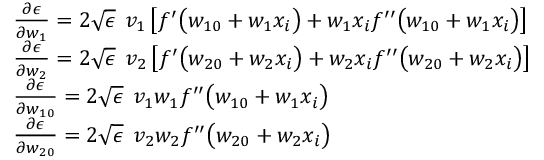
\begin{array} { r l } & { \frac { \partial \epsilon } { \partial w _ { 1 } } = 2 \sqrt { \epsilon } \: \: v _ { 1 } \left[ f ^ { \prime } \big ( w _ { 1 0 } + w _ { 1 } x _ { i } \big ) + w _ { 1 } x _ { i } f ^ { \prime \prime } \big ( w _ { 1 0 } + w _ { 1 } x _ { i } \big ) \right] } \\ & { \frac { \partial \epsilon } { \partial w _ { 2 } } = 2 \sqrt { \epsilon } \: \: v _ { 2 } \left[ f ^ { \prime } \big ( w _ { 2 0 } + w _ { 2 } x _ { i } \big ) + w _ { 2 } x _ { i } f ^ { \prime \prime } \big ( w _ { 2 0 } + w _ { 2 } x _ { i } \big ) \right] } \\ & { \frac { \partial \epsilon } { \partial w _ { 1 0 } } = 2 \sqrt { \epsilon } \: \: v _ { 1 } w _ { 1 } f ^ { \prime \prime } \big ( w _ { 1 0 } + w _ { 1 } x _ { i } \big ) } \\ & { \frac { \partial \epsilon } { \partial w _ { 2 0 } } = 2 \sqrt { \epsilon } \: \: v _ { 2 } w _ { 2 } f ^ { \prime \prime } \big ( w _ { 2 0 } + w _ { 2 } x _ { i } \big ) } \end{array}